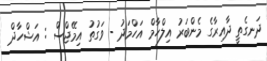
ދަނގެތީ ދާއިރާގެ މެންބަރު އިލްހާމް އަހްމަދު - ވަގުތު އިމޭޖްސް : އަޝްހާދް